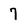
Character: 7